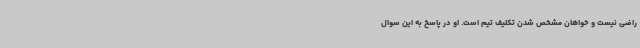
راضی نیست و خواهان مشخص شدن تکلیف تیم است. او در پاسخ به این سوال